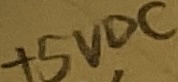
Text: +5VDC